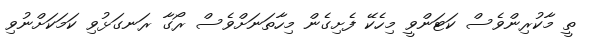
ތީ މާކުރިންވެސް ކަޓަންވީ މިހެކޭ ފެށިގެން މިހާތަނަށްވެސް ރޯގާ ރަނގަޅުވި ކަމަކަށްނުވި